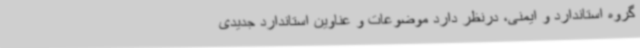
گروه استاندارد و ایمنی، درنظر دارد موضوعات و عناوین استاندارد جدیدی